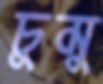
চুমু